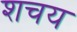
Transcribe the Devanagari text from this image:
शचय